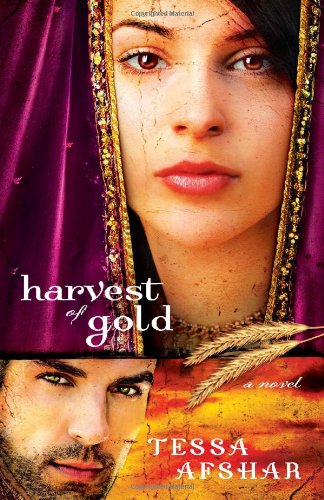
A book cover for Harvest of Gold: (Book 2); Tessa Afshar; Romance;